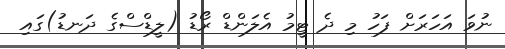
ނުވަ އަހަރަށް ފަހު މި ދެ ޓީމު އެލަންޑް ރޯޑު (ލީޑްސްގެ ދަނޑު)ގައި